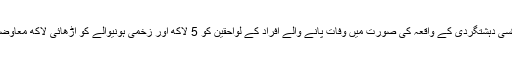
حادثہ یا کسی دہشتگردی کے واقعہ کی صورت میں وفات پانے والے افراد کے لواحقین کو 5 لاکھ اور زخمی ہونیوالے کو اڑھائی لاکھ معاوضہ ملے گا۔